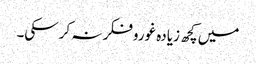
میں کچھ زیادہ غوروفکر نہ کرسکی۔